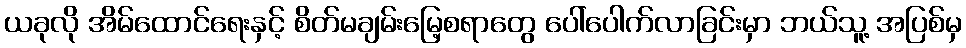
ယခုလို အိမ်ထောင်ရေးနှင့် စိတ်မချမ်းမြေ့စရာတွေ ပေါ်ပေါက်လာခြင်းမှာ ဘယ်သူ့ အပြစ်မှ